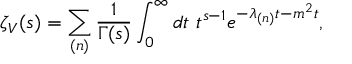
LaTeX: \zeta _ { V } ( s ) = \sum _ { ( n ) } \frac { 1 } { \Gamma ( s ) } \int _ { 0 } ^ { \infty } d t \ t ^ { s - 1 } e ^ { - \lambda _ { ( n ) } t - m ^ { 2 } t } ,